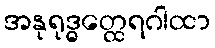
အနုရုဒ္ဓတ္ထေရဂါထာ